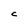
Character: C